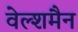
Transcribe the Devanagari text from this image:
वेल्शमैन